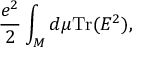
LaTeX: { \frac { e ^ { 2 } } { 2 } } \int _ { \cal M } d \mu \mathrm { T r } ( E ^ { 2 } ) ,